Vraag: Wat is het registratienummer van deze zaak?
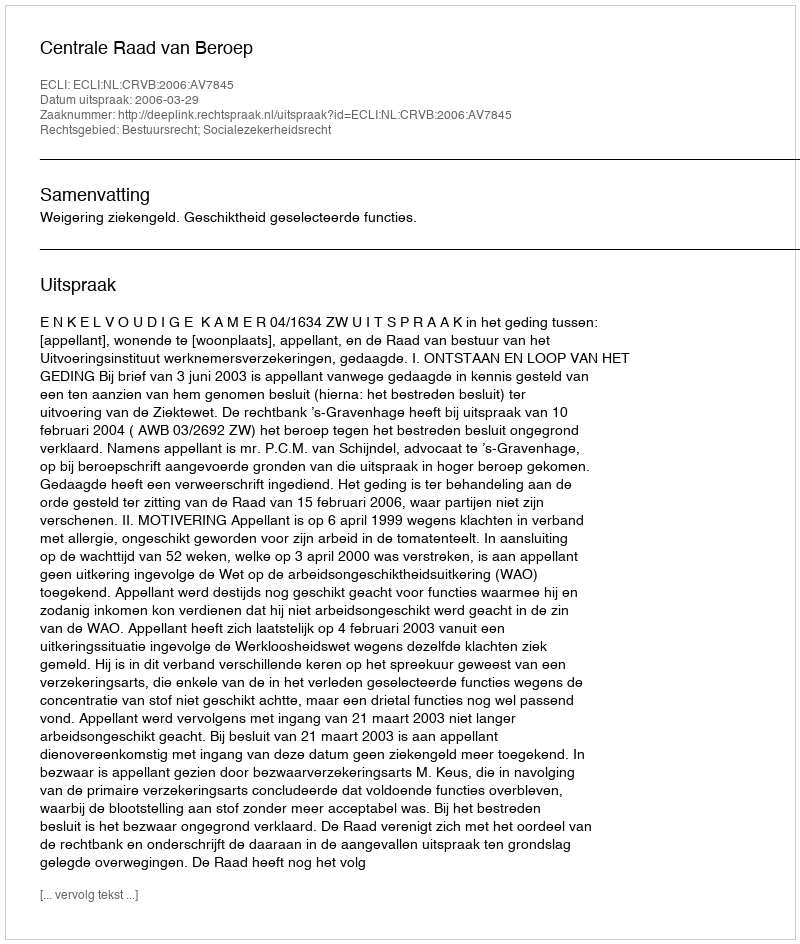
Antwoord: http://deeplink.rechtspraak.nl/uitspraak?id=ECLI:NL:CRVB:2006:AV7845